Scottish Leaving Certificate Examination, 1951
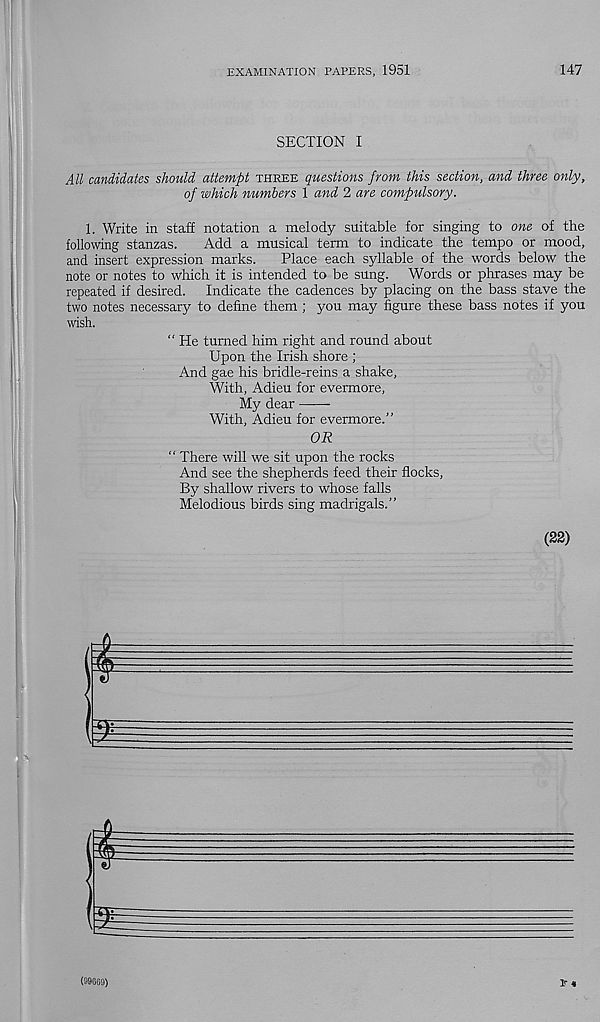
EXAMINATION PAPERS, 1951
147
SECTION I
All candidates should attempt three questions from this section, and three only,
of which numbers 1 and 2 are compulsory.
1. Write in staff notation a melody suitable for singing to one of the
following stanzas.
Add a musical term to indicate the tempo or mood,
and insert expression marks.
Place each syllable of the words below the
note or notes to which it is intended to be sung. Words or phrases may be
repeated if desired. Indicate the cadences by placing on the bass stave the
two notes necessary to define them ; you may figure these bass notes if you
wish.
" He turned him right and round about
Upon the Irish shore ;
And gae his bridle-reins a shake,
With, Adieu for evermore.
My dear
With, Adieu for evermore.”
OR
“ There will we sit upon the rocks
And see the shepherds feed their flocks,
By shallow rivers to whose falls
Melodious birds sing madrigals.”
(22)
&